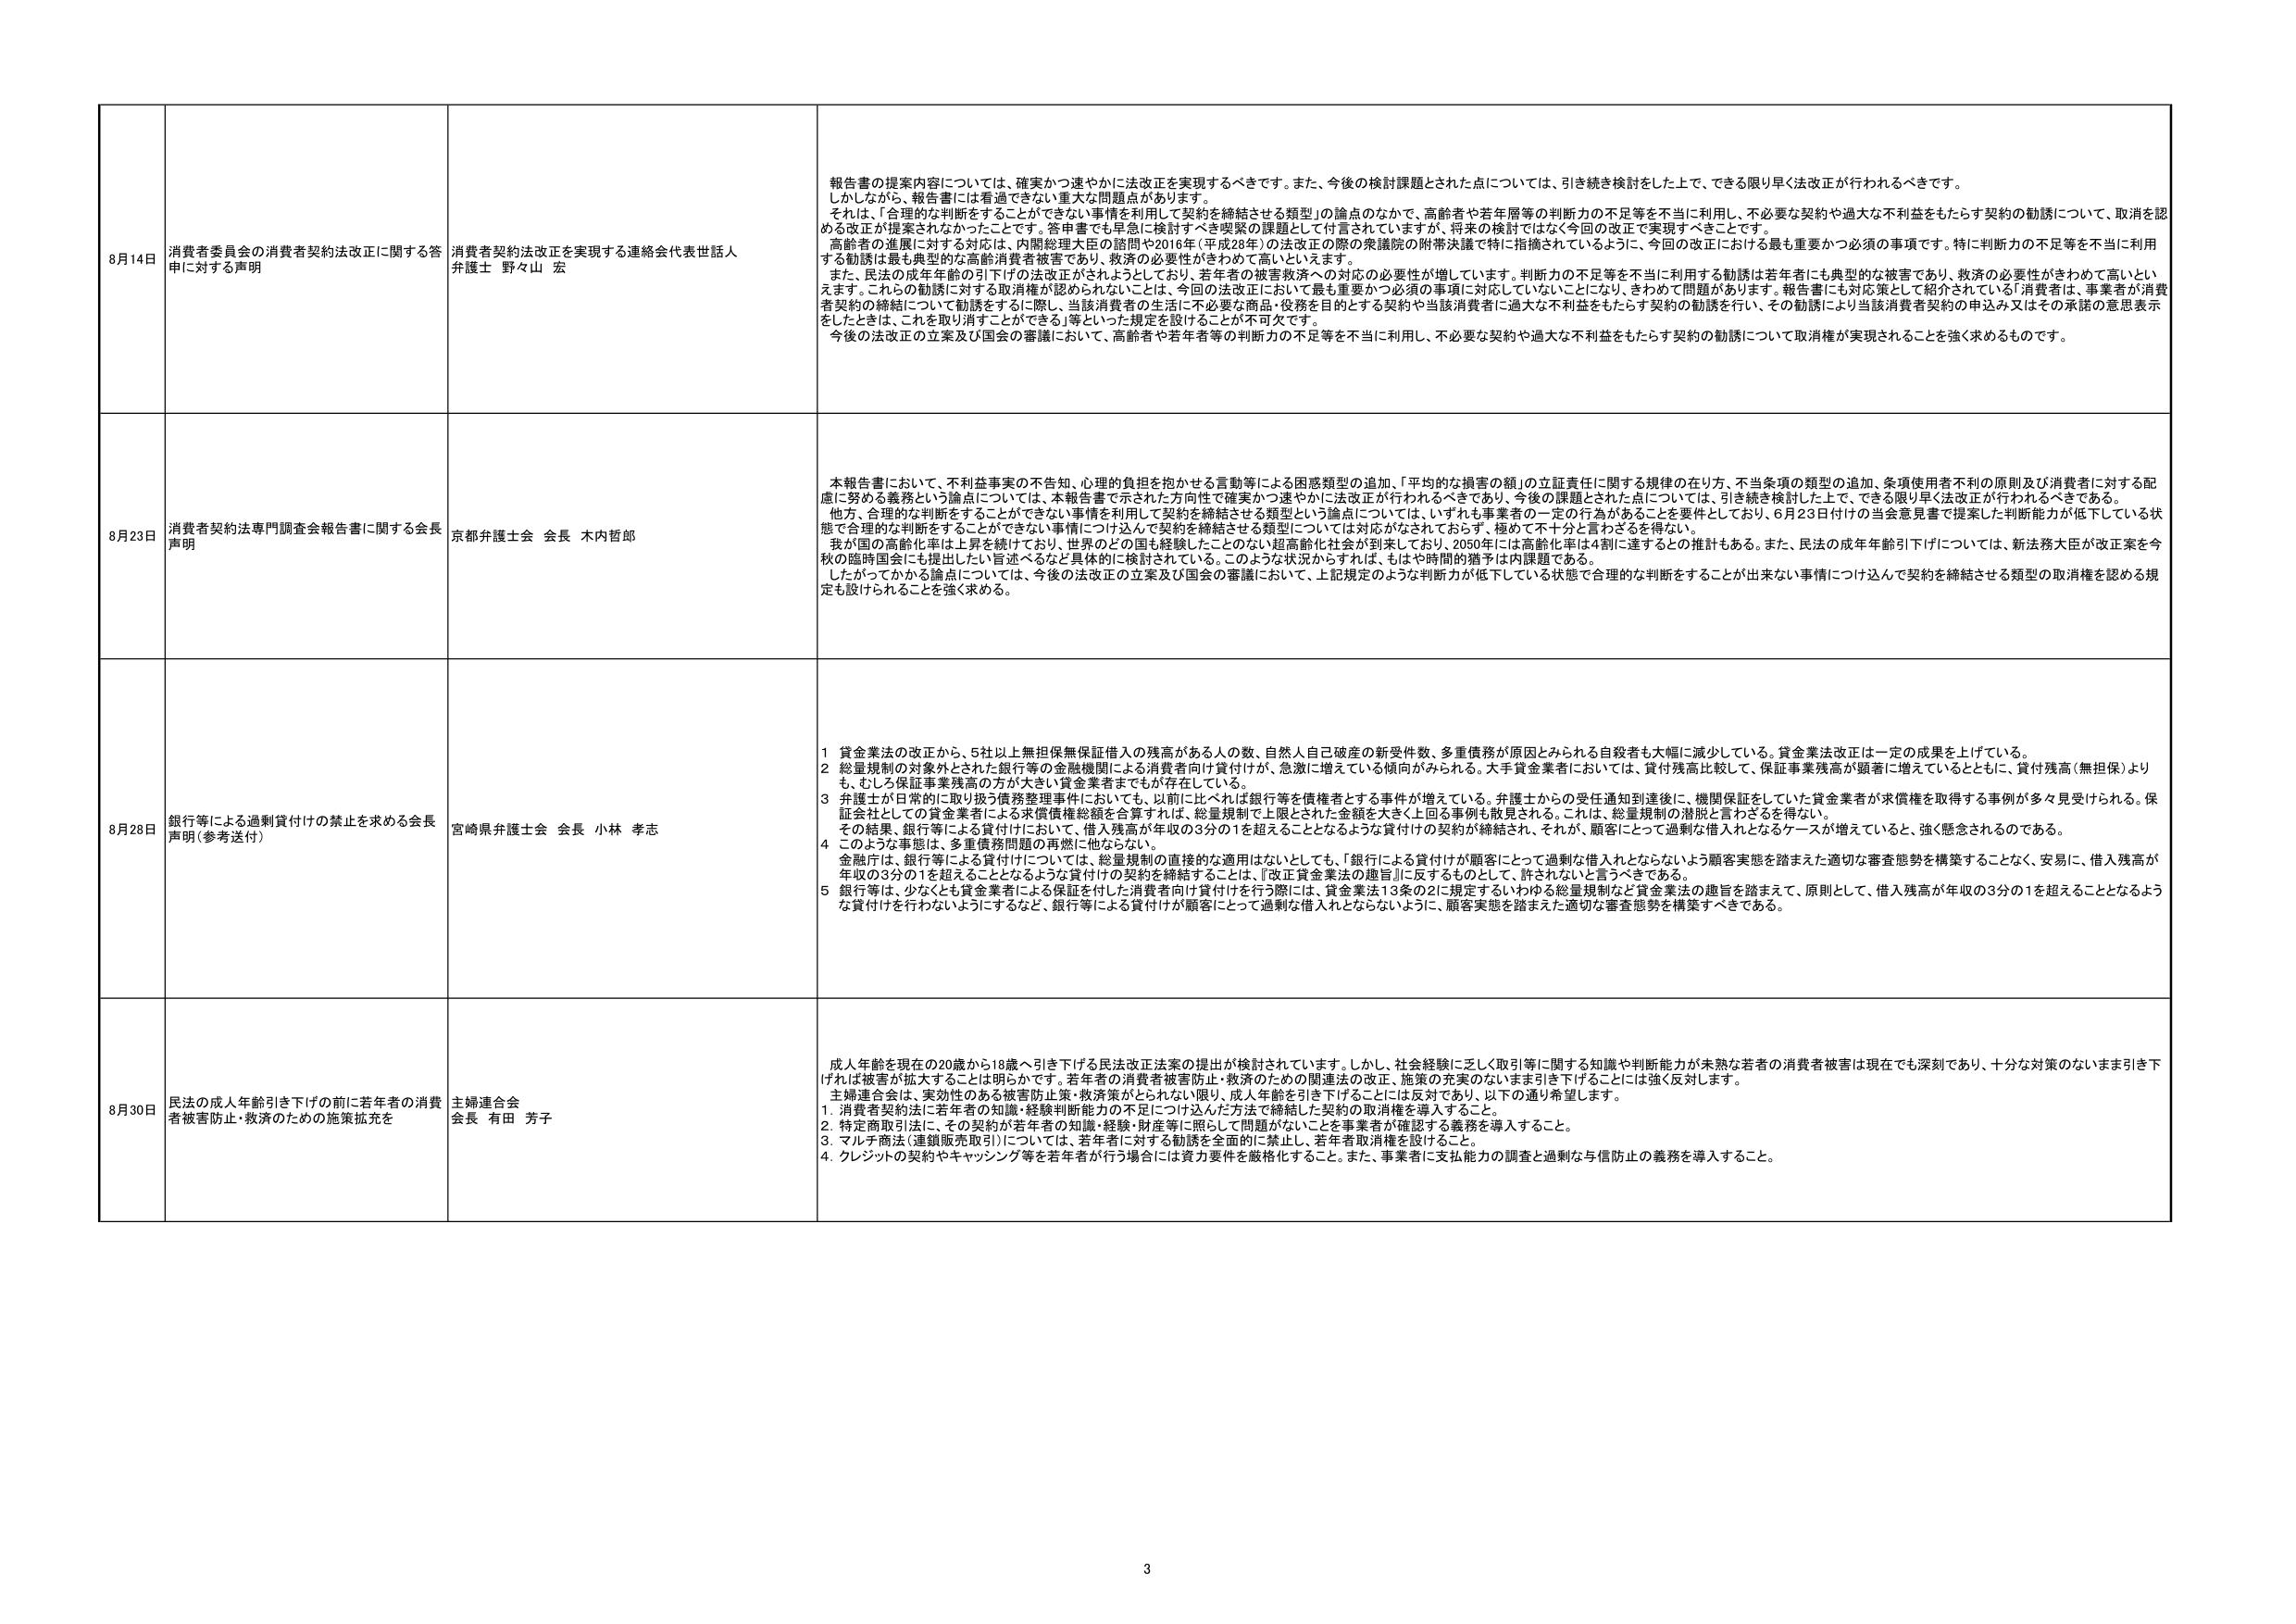
8月14日 消費者委員会の消費者契約法改正に関する答申に対する声明 消費者契約法改正を実現する連絡会代表世話人 弁護士 野々山 宏 報告書の提案内容については、確実かつ速やかに法改正を実現するべきです。また、今後の検討課題とされた点については、引き続き検討をした上で、できる限り早く法改正が行われるべきです。 しかしながら、報告書には看過できない重大な問題点があります。 それは、「合理的な判断をすることができない事情を利用して契約を締結させる類型」の論点のなかで、高齢者や若年層等の判断力の不足等を不当に利用し、不必要な契約や過大な不利益をもたらす契約の勧誘について、取消を認める改正が提案されなかったことです。答申書でも早急に検討すべき喫緊の課題として付言されていますが、将来の検討ではなく今回の改正で実現すべきことです。 高齢者の進展に対する対応は、内閣総理大臣の諮問や2016年（平成28年）の法改正の際の衆議院の附帯決議で特に指摘されているように、今回の改正における最も重要かつ必須の事項です。特に判断力の不足等を不当に利用する勧誘は最も典型的な高齢消費者被害であり、救済の必要性がきわめて高いといえます。 また、民法の成年年齢の引下げの法改正がされようとしており、若年者の被害救済への対応の必要性が増しています。判断力の不足等を不当に利用する勧誘は若年者にも典型的な被害であり、救済の必要性がきわめて高いといえます。これら の勧誘に対する取消権が認められないことは、今回の法改正において最も重要かつ必須の事項に対応していないことになり、きわめて問題があります。報告書にも対応策として紹介されている「消費者は、事業者が消費者契約の締結について勧誘をするに際し、当該消費者の生活に不必要な商品・役務を目的とする契約や当該消費者に過大な不利益をもたらす契約の勧誘を行い、その勧誘により当該消費者契約の申込み又はその承諾の意思表示をしたときは、これを取り消すことができる」等といった規定を設けることが不可欠です。 今後の法改正の立案及び国会の審議において、高齢者や若年者等の判断力の不足等を不当に利用し、不必要な契約や過大な不利益をもたらす契約の勧誘について取消権が実現されることを強く求めるものです。

8月23日 消費者契約法専門調査会報告書に関する会長声明 京都弁護士会 会長 木内哲郎 本報告書において、不利益事実の不告知、心理的負担を抱かせる言動等による困惑類型の追加、「平均的な損害の額」の立証責任に関する規律の在り方、不当条項の類型の追加、多項使用者不利の原則及び消費者に対する配慮に努める義務という論点については、本報告書で示された方向性で確実かつ速やかに法改正が行われるべきであり、今後の課題とされた点については、引き続き検討した上で、できる限り早く法改正が行われるべきである。 他方、合理的な判断をすることができない事情を利用して契約を締結させる類型という論点については、いずれも事業者の一定の行為があることを要件としており、6月23日付けの当会意見書で提案した判断能力が低下している状態で合理的な判断をすることができない事情につけ込んで契約を締結させる類型については対応がなされておらず、極めて不十分と言わざるを得ない。 我が国の高齢化率は上昇を続けており、世界のどの国も経験したことのない超高齢化社会が到来しており、2050年には高齢化率は4割に達するとの推計もある。また、民法の成年年齢引下げについては、新法務大臣が改正案を今秋の臨時国会にも提出したい旨述べるなど具体的に検討されている。このような状況からすれば、もはや時間的猶予は内課題である。 したがってかかる論点については、今後の法改正の立案及び国会の審議において、上記規定のような判断力が低下している状態で合理的な判断をすることが出来ない事情につけ込んで契約を締結させる類型の取消権を認める規定も設けられることを強く求める。

8月28日 銀行等による過剰貸付けの禁止を求める会長声明（参考送付） 宮崎県弁護士会 会長 小林 孝志 1 貸金業法の改正から、5社以上無担保無保証借入の残高がある人の数、自然人自己破産の新受件数、多重債務が原因とみられる自殺者も大幅に減少している。貸金業法改正は一定の成果を上げている。 2 総量規制の対象外とされた銀行等の金融機関による消費者向け貸付けが、急激に増えている傾向がみられる。大手貸金業者においては、貸付残高比較して、保証事業残高が顕著に増えているとともに、貸付残高（無担保）より も、むしろ保証事業残高の方が大きい貸金業者までが存在している。 3 弁護士が日常的に取り扱う債務整理事件においても、以前に比べれば銀行等を債権者とする事件が増えている。弁護士からの受任通知到達後に、機関保証をしていた貸金業者が求償権を取得する事例が多々見受けられる。保証会社としての貸金業者による求償債権総額を合算すれば、総量規制で上限とされた金額を大きく上回る事例も散見される。これは、総量規制の潜脱と言われざるを得ない。 その結果、銀行等による貸付けにおいて、借入残高が年収の3分の1を超えることとなるような貸付けの契約が締結され、それが、顧客にとって過剰な借入れとなるケースが増えていると、強く懸念されるのである。 4 このような事態は、多重債務問題の再燃に他ならない。 金融庁は、銀行等による貸付けについては、総量規制の直接的な適用はないとしても、「銀行による貸付けが顧客にとって過剰な借入れとならないよう顧客実態を踏まえた適切な審査態勢を構築することなく、安易に、借入残高が年収の3分の1を超えることとなるような貸付けの契約を締結することは、『改正貸金業法の趣旨』に反するものとして、許されないと言うべきである。 5 銀行等は、少なくとも貸金業者による保証を付けた消費者向け貸付けを行う際には、貸金業法13条の2に規定するいわゆる総量規制など貸金業法の趣旨を踏まえて、原則として、借入残高が年収の3分の1を超えることとなるような貸付けを行わないようにするなど、銀行等による貸付けが顧客にとって過剰な借入れとならないよう、顧客実態を踏まえた適切な審査態勢を構築すべきである。

8月30日 民法の成人年齢引き下げの前に若年者の消費者被害防止・救済のための施策拡充を 主婦連合会 会長 有田 芳子 成人年齢を現在の20歳から18歳へ引き下げる民法改正法案の提出が検討されています。しかし、社会経験に乏しく取引等に関する知識や判断能力が未熟な若者の消費者被害は現在でも深刻であり、十分な対策のないまま引き下げれば被害が拡大することは明らかです。若年者の消費者被害防止・救済のための関連法の改正、施策の充実のないまま引き下げることには強く反対します。 主婦連合会は、実効性のある被害防止策・救済策がとられない限り、成人年齢を引き下げることには反対であり、以下の通り希望します。 1. 消費者契約法に若年者の知識・経験判断能力の不足につけ込んだ方法で締結した契約の取消権を導入すること。 2. 特定商取引法に、その契約が若年者の知識・経験・財産等に照らして問題がないことを事業者が確認する義務を導入すること。 3. マルチ商法（連鎖販売取引）については、若年者に対する勧誘を全面的に禁止し、若年者取消権を設けること。 4. クレジットの契約やキャッシング等を若年者が行う場合には資力要件を厳格化すること。また、事業者に支払能力の調査と過剰な与信防止の義務を導入すること。

3